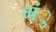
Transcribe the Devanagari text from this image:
मंु